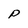
Character: P